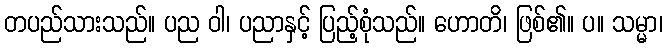
တပည်သားသည်။ ပည ဝါ၊ ပညာနှင့် ပြည့်စုံသည်။ ဟောတိ၊ ဖြစ်၏။ ပ။ သမ္မာ၊